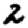
Digit: 2